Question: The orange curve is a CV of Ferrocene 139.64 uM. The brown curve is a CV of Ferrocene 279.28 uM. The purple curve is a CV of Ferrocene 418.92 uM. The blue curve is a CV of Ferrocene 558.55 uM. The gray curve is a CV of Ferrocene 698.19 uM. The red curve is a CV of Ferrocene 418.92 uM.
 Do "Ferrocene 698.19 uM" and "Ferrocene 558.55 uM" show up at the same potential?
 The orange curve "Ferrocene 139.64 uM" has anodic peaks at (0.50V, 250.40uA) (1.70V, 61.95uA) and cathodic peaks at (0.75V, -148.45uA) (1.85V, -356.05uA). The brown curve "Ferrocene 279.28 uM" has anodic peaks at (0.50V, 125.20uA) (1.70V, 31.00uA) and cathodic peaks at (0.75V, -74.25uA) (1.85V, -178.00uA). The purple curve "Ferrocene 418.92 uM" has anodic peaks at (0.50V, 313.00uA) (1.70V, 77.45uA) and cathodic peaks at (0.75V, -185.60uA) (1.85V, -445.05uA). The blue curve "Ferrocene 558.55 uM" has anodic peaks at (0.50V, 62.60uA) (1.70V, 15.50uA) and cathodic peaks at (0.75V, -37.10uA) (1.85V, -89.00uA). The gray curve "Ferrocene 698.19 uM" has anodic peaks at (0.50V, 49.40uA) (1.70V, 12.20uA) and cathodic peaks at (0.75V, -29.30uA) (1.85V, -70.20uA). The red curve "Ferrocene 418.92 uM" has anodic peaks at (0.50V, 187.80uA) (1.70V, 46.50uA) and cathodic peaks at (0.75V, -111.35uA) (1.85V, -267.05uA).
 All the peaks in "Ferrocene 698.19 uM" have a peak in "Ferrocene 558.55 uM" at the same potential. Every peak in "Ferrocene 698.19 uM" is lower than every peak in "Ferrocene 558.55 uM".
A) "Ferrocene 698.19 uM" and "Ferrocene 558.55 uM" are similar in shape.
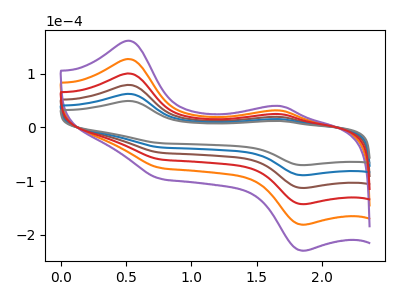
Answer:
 <answer>A) "Ferrocene 698.19 uM" and "Ferrocene 558.55 uM" are similar in shape.</answer>
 <eval>A</eval>